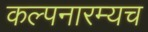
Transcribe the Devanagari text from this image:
कल्पनारम्यच